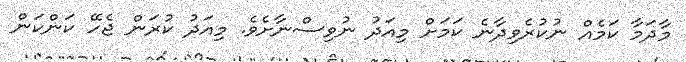
މާދަމާ ކަމެއް ނުކުރެވިދާނެ ކަމަށް މިއަދު ނުވިސްނާށެވެ. މިއަދު ކުރަން ޖެހޭ ކަންކަން